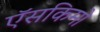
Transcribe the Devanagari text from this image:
ऍसकिमो